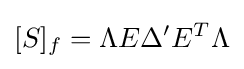
[S]_{f}=\Lambda E\Delta ^{\prime }E^{T}\Lambda